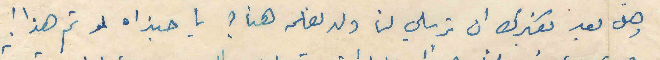
وهل بعد بفكرك ان ترسلي لنا ولد نعلمه هنا ؟ يا حبذاه لو تم هذا !